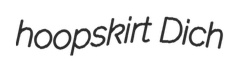
hoopskirt Dich